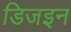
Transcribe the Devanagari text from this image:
डिजइन